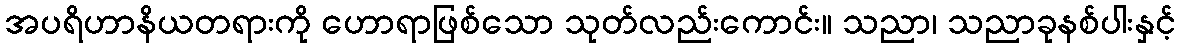
အပရိဟာနိယတရားကို ဟောရာဖြစ်သော သုတ်လည်းကောင်း။ သညာ၊ သညာခုနစ်ပါးနှင့်